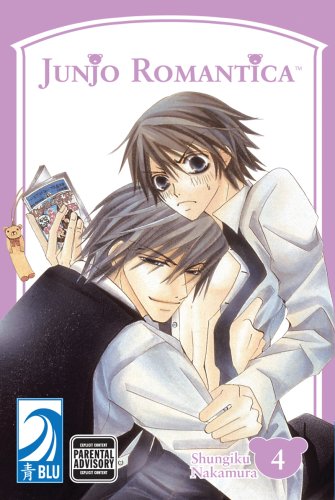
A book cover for JUNJO ROMANTICA Volume 4: (Yaoi) (v. 4); Shungiku Nakamura; Comics & Graphic Novels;